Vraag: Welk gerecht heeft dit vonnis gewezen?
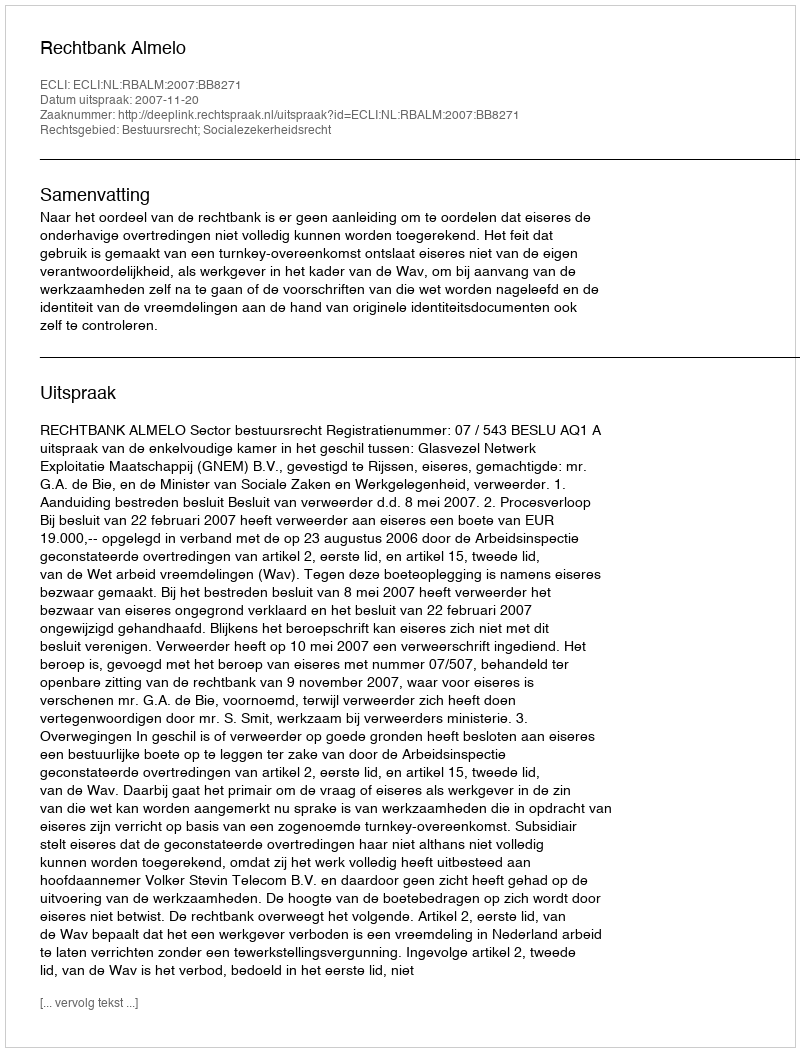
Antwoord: Rechtbank Almelo